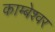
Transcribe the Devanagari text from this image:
काम्बेश्वर